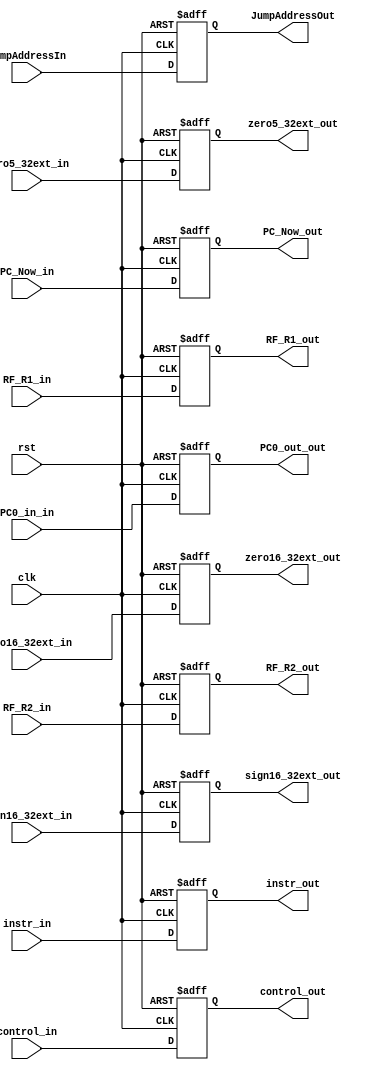
`timescale 1ns / 1ps
//////////////////////////////////////////////////////////////////////////////////
// Company: 
// Engineer: 
// 
// Design Name: 
// Module Name: ID_EX
// Project Name: 
// Target Devices: 
// Tool Versions: 
// Description: 
// 
// Dependencies: 
// 
// Revision:
// Revision 0.01 - File Created
// Additional Comments:
// 
//////////////////////////////////////////////////////////////////////////////////


module ID_EX(
        input [31:0] RF_R1_in,
        input [31:0] RF_R2_in,
        input [31:0] sign16_32ext_in,
        input [31:0] zero16_32ext_in,
        input [31:0] zero5_32ext_in,
        input [15:0] PC0_in_in,
        input [15:0] PC_Now_in,
        input [31:0] instr_in,
        input [23:0] control_in,
        input [31:0] JumpAddressIn,
        input clk,
        input rst,
        output reg [31:0] RF_R1_out,
        output reg [31:0] RF_R2_out,
        output reg [31:0] sign16_32ext_out,
        output reg [31:0] zero16_32ext_out,
        output reg [31:0] zero5_32ext_out,
        output reg [15:0] PC0_out_out,
        output reg [15:0] PC_Now_out,
        output reg [31:0] instr_out,
        output reg [23:0] control_out,
        output reg [31:0] JumpAddressOut
    );
    always@(posedge clk or negedge rst)
    begin
        if(~rst)
        begin
            RF_R1_out <= 0;
            RF_R2_out <= 0;
            sign16_32ext_out <= 0;
            zero16_32ext_out <= 0;
            zero5_32ext_out <= 0;
            PC0_out_out <= 0;
            PC_Now_out <= 0;
            instr_out <= 0;
            control_out <= 0;
            JumpAddressOut <= 0;
        end
        else
        begin
            RF_R1_out <= RF_R1_in;
            RF_R2_out <= RF_R2_in;
            sign16_32ext_out <=  sign16_32ext_in;
            zero16_32ext_out <= zero16_32ext_in;
            zero5_32ext_out <= zero5_32ext_in;
            PC0_out_out <= PC0_in_in;
            PC_Now_out <= PC_Now_in;
            instr_out <= instr_in;
            control_out <= control_in;
            JumpAddressOut <= JumpAddressIn;
        end
    end
endmodule